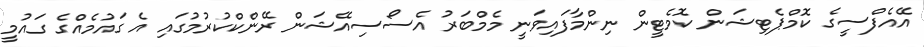
އޭއެފްސީގެ ކޮމްޕެޓިޝަން ކޮމެޓީން ނިންމާފައިވަނީ މެމްބަރު އެސޯސިއޭޝަން ރޭންކްކުރުމުގައި އެ ގައުމެއްގެ ގައުމީ